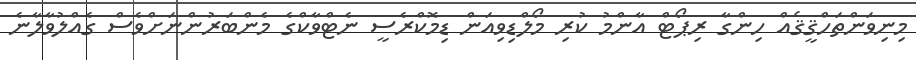
މިނިވަންތަހްޤީޤެއް ހިންގާ ރިޕޯޓް އާންމު ކުރި މޯލްޑިވިއަން ޑިމޮކްރެސީ ނެޓްވާކްގެ މެންބަރުންނަށްވެސް ގެއްލުވާލާނެ